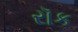
રૉક